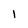
Character: 1